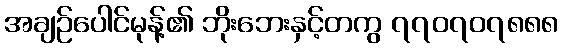
အချဉ်ပေါင်မုန့်၏ ဘိုးဘေးနှင့်တကွ ၇၇၀၇၀၇၈၈၈